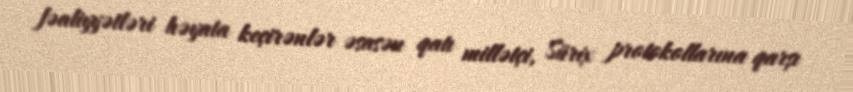
fəaliyyətləri həyata keçirənlər əsasən qatı millətçi, Sürix protokollarına qarşı